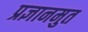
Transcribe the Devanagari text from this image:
प्रज्ञानमुत